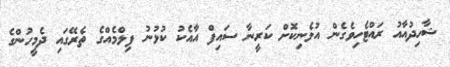
ޝާހިދުއާއު ރައްޓެހިވެގެން އުޅެނިކޮށް ކަރީނާ ސައިފް އާއެކު ކުޅުނު ފިލްމެއްގެ ތެރޭގައި ދެމީހުންގެ